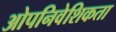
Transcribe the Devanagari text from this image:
ओपनिवेशिकता